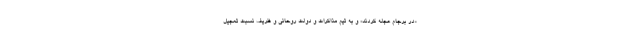
«در برجام عجله کردند» و به تیم مذاکرات و دولت روحانی و ظریف نسبت تعجیل